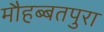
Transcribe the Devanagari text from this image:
मौहब्बतपुरा